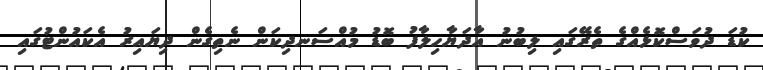
ކުޑަ ދުވަސްކޮޅެއްގެ ތެރޭގައި ލިބުނު އާދަޔާހިލާފު ބޮޑު މުއްސަނދިކަން ނެތިގެން ދިޔައިރު އެކައުންޓުގައި